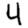
Digit: 4